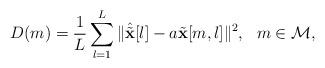
LaTeX: \begin{align*}D(m)=\frac{1}{L}\sum_{l=1}^L\|\hat{\tilde{\mathbf{x}}}[l]-a\tilde{\mathbf{x}}[m,l]\|^2,\ \ m\in\mathcal{M},\end{align*}